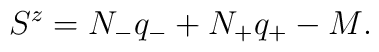
S^z=N_{-}q_- + N_{+}q_+ -M\\.